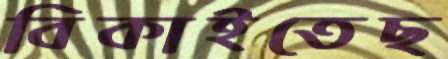
বিকাইতেছ